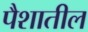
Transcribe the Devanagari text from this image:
पैशातील